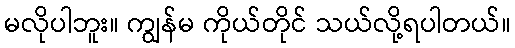
မလိုပါဘူး။ ကျွန်မ ကိုယ်တိုင် သယ်လို့ရပါတယ်။